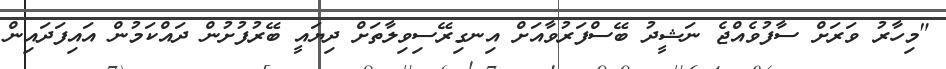
"މިހާރު ވަރަށް ސާފުވެއްޖެ ނަޝީދު ބޭސްފަރުވާއަށް އިނގިރޭސިވިލާތަށް ދިޔައީ ބޭރުފުށުން ދައްކަމުން އައިފަދައިން